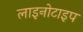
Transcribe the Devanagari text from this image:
लाइनोटाइप